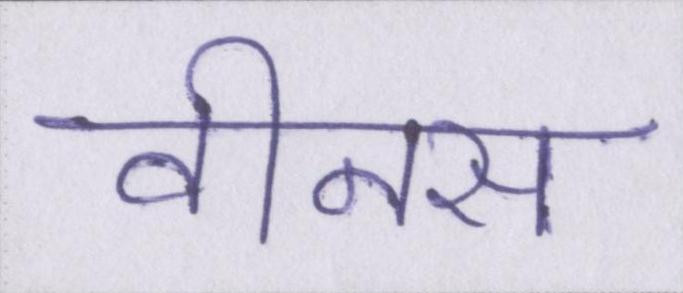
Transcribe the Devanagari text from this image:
वीनस